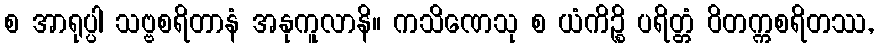
စ အာရုပ္ပါ သဗ္ဗစရိတာနံ အနုကူလာနိ။ ကသိဏေသု စ ယံကိဉ္စိ ပရိတ္တံ ဝိတက္ကစရိတဿ,